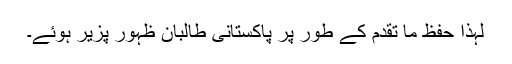
لہذا حفظ ما تقدم کے طور پر پاکستانی طالبان ظہور پزیر ہوئے۔